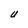
Character: U